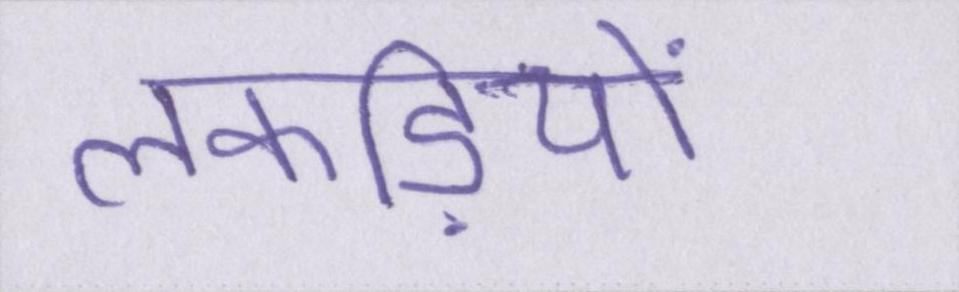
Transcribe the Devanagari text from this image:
लकड़ियों